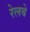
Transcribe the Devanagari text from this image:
रेलबे